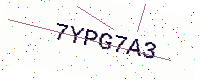
Text: 7YPG7A3